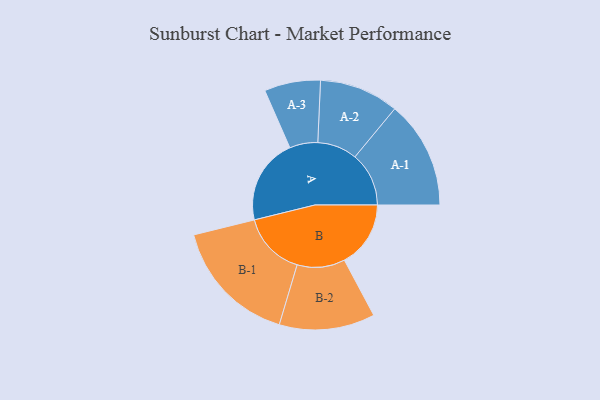
{"axis": {"x": "Segment", "y": "Value"}, "legend": ["", "A", "B"], "data": [{"x": "A", "y": 339, "type": ""}, {"x": "B", "y": 262, "type": ""}, {"x": "A-1", "y": 213, "type": "A"}, {"x": "A-2", "y": 157, "type": "A"}, {"x": "A-3", "y": 111, "type": "A"}, {"x": "B-1", "y": 252, "type": "B"}, {"x": "B-2", "y": 189, "type": "B"}]}